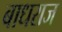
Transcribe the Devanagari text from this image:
बाधराज